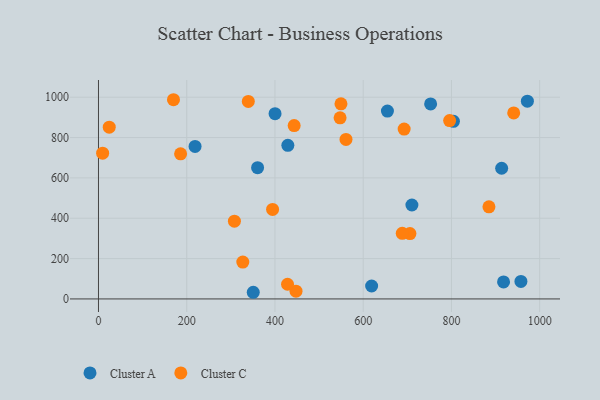
{"axis": {"x": "Speed", "y": "Profit"}, "legend": ["Cluster A", "Cluster C"], "data": [{"x": "918.1", "y": 84.3, "type": "Cluster A"}, {"x": "218.9", "y": 755.9, "type": "Cluster A"}, {"x": "752.8", "y": 966.8, "type": "Cluster A"}, {"x": "619.1", "y": 64.1, "type": "Cluster A"}, {"x": "360.6", "y": 650.9, "type": "Cluster A"}, {"x": "913.8", "y": 647.7, "type": "Cluster A"}, {"x": "972.1", "y": 980.1, "type": "Cluster A"}, {"x": "429.2", "y": 761.6, "type": "Cluster A"}, {"x": "710.4", "y": 465.6, "type": "Cluster A"}, {"x": "350.8", "y": 33.0, "type": "Cluster A"}, {"x": "654.9", "y": 931.1, "type": "Cluster A"}, {"x": "804.5", "y": 880.5, "type": "Cluster A"}, {"x": "400.2", "y": 918.3, "type": "Cluster A"}, {"x": "957.5", "y": 86.6, "type": "Cluster A"}, {"x": "447.7", "y": 38.5, "type": "Cluster C"}, {"x": "327.1", "y": 182.7, "type": "Cluster C"}, {"x": "885.0", "y": 456.6, "type": "Cluster C"}, {"x": "705.9", "y": 324.0, "type": "Cluster C"}, {"x": "308.1", "y": 385.7, "type": "Cluster C"}, {"x": "394.6", "y": 443.5, "type": "Cluster C"}, {"x": "9.4", "y": 722.3, "type": "Cluster C"}, {"x": "428.5", "y": 72.9, "type": "Cluster C"}, {"x": "692.8", "y": 842.0, "type": "Cluster C"}, {"x": "549.6", "y": 967.0, "type": "Cluster C"}, {"x": "170.0", "y": 987.5, "type": "Cluster C"}, {"x": "547.6", "y": 897.6, "type": "Cluster C"}, {"x": "561.0", "y": 790.9, "type": "Cluster C"}, {"x": "941.1", "y": 922.2, "type": "Cluster C"}, {"x": "186.1", "y": 719.4, "type": "Cluster C"}, {"x": "688.5", "y": 325.3, "type": "Cluster C"}, {"x": "795.9", "y": 884.2, "type": "Cluster C"}, {"x": "24.4", "y": 851.4, "type": "Cluster C"}, {"x": "443.5", "y": 859.6, "type": "Cluster C"}, {"x": "339.6", "y": 979.3, "type": "Cluster C"}]}